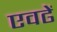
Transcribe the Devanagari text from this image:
एवढें